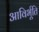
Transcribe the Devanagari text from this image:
आविर्भूति